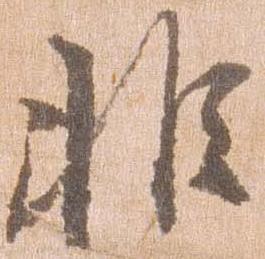
非